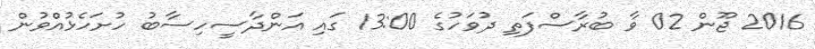
2016 ޖޫން 02 ވާ ބުރާސްފަތި ދުވަހުގެ 13:00 ގައި އަންދާސީހިސާބު ހުށަހެޅުއްވުން